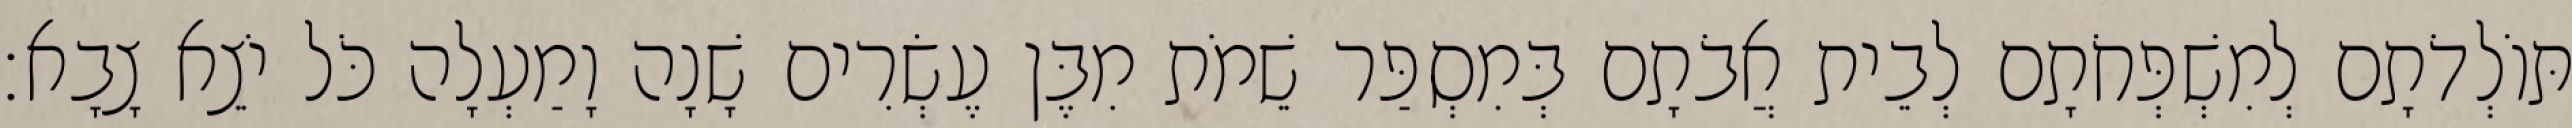
תּוֹלְדֹתָם לְמִשְׁפְּחֹתָם לְבֵית אֲבֹתָם בְּמִסְפַּר שֵׁמֹת מִבֶּן עֶשְׂרִים שָׁנָה וָמַעְלָה כֹּל יֹצֵא צָבָא׃